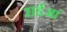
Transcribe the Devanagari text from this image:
राईआं